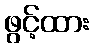
ဖွင့်ထား